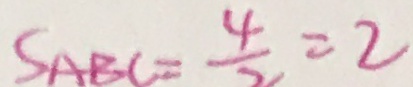
S _ { A B C } = \frac { 4 } { 2 } = 2